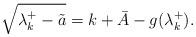
LaTeX: \begin{align*}\sqrt{\lambda_k^+-\tilde a}=k+\bar A-g(\lambda_k^+).\end{align*}